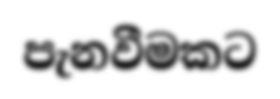
පැනවීමකට